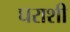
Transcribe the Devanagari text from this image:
घराशी